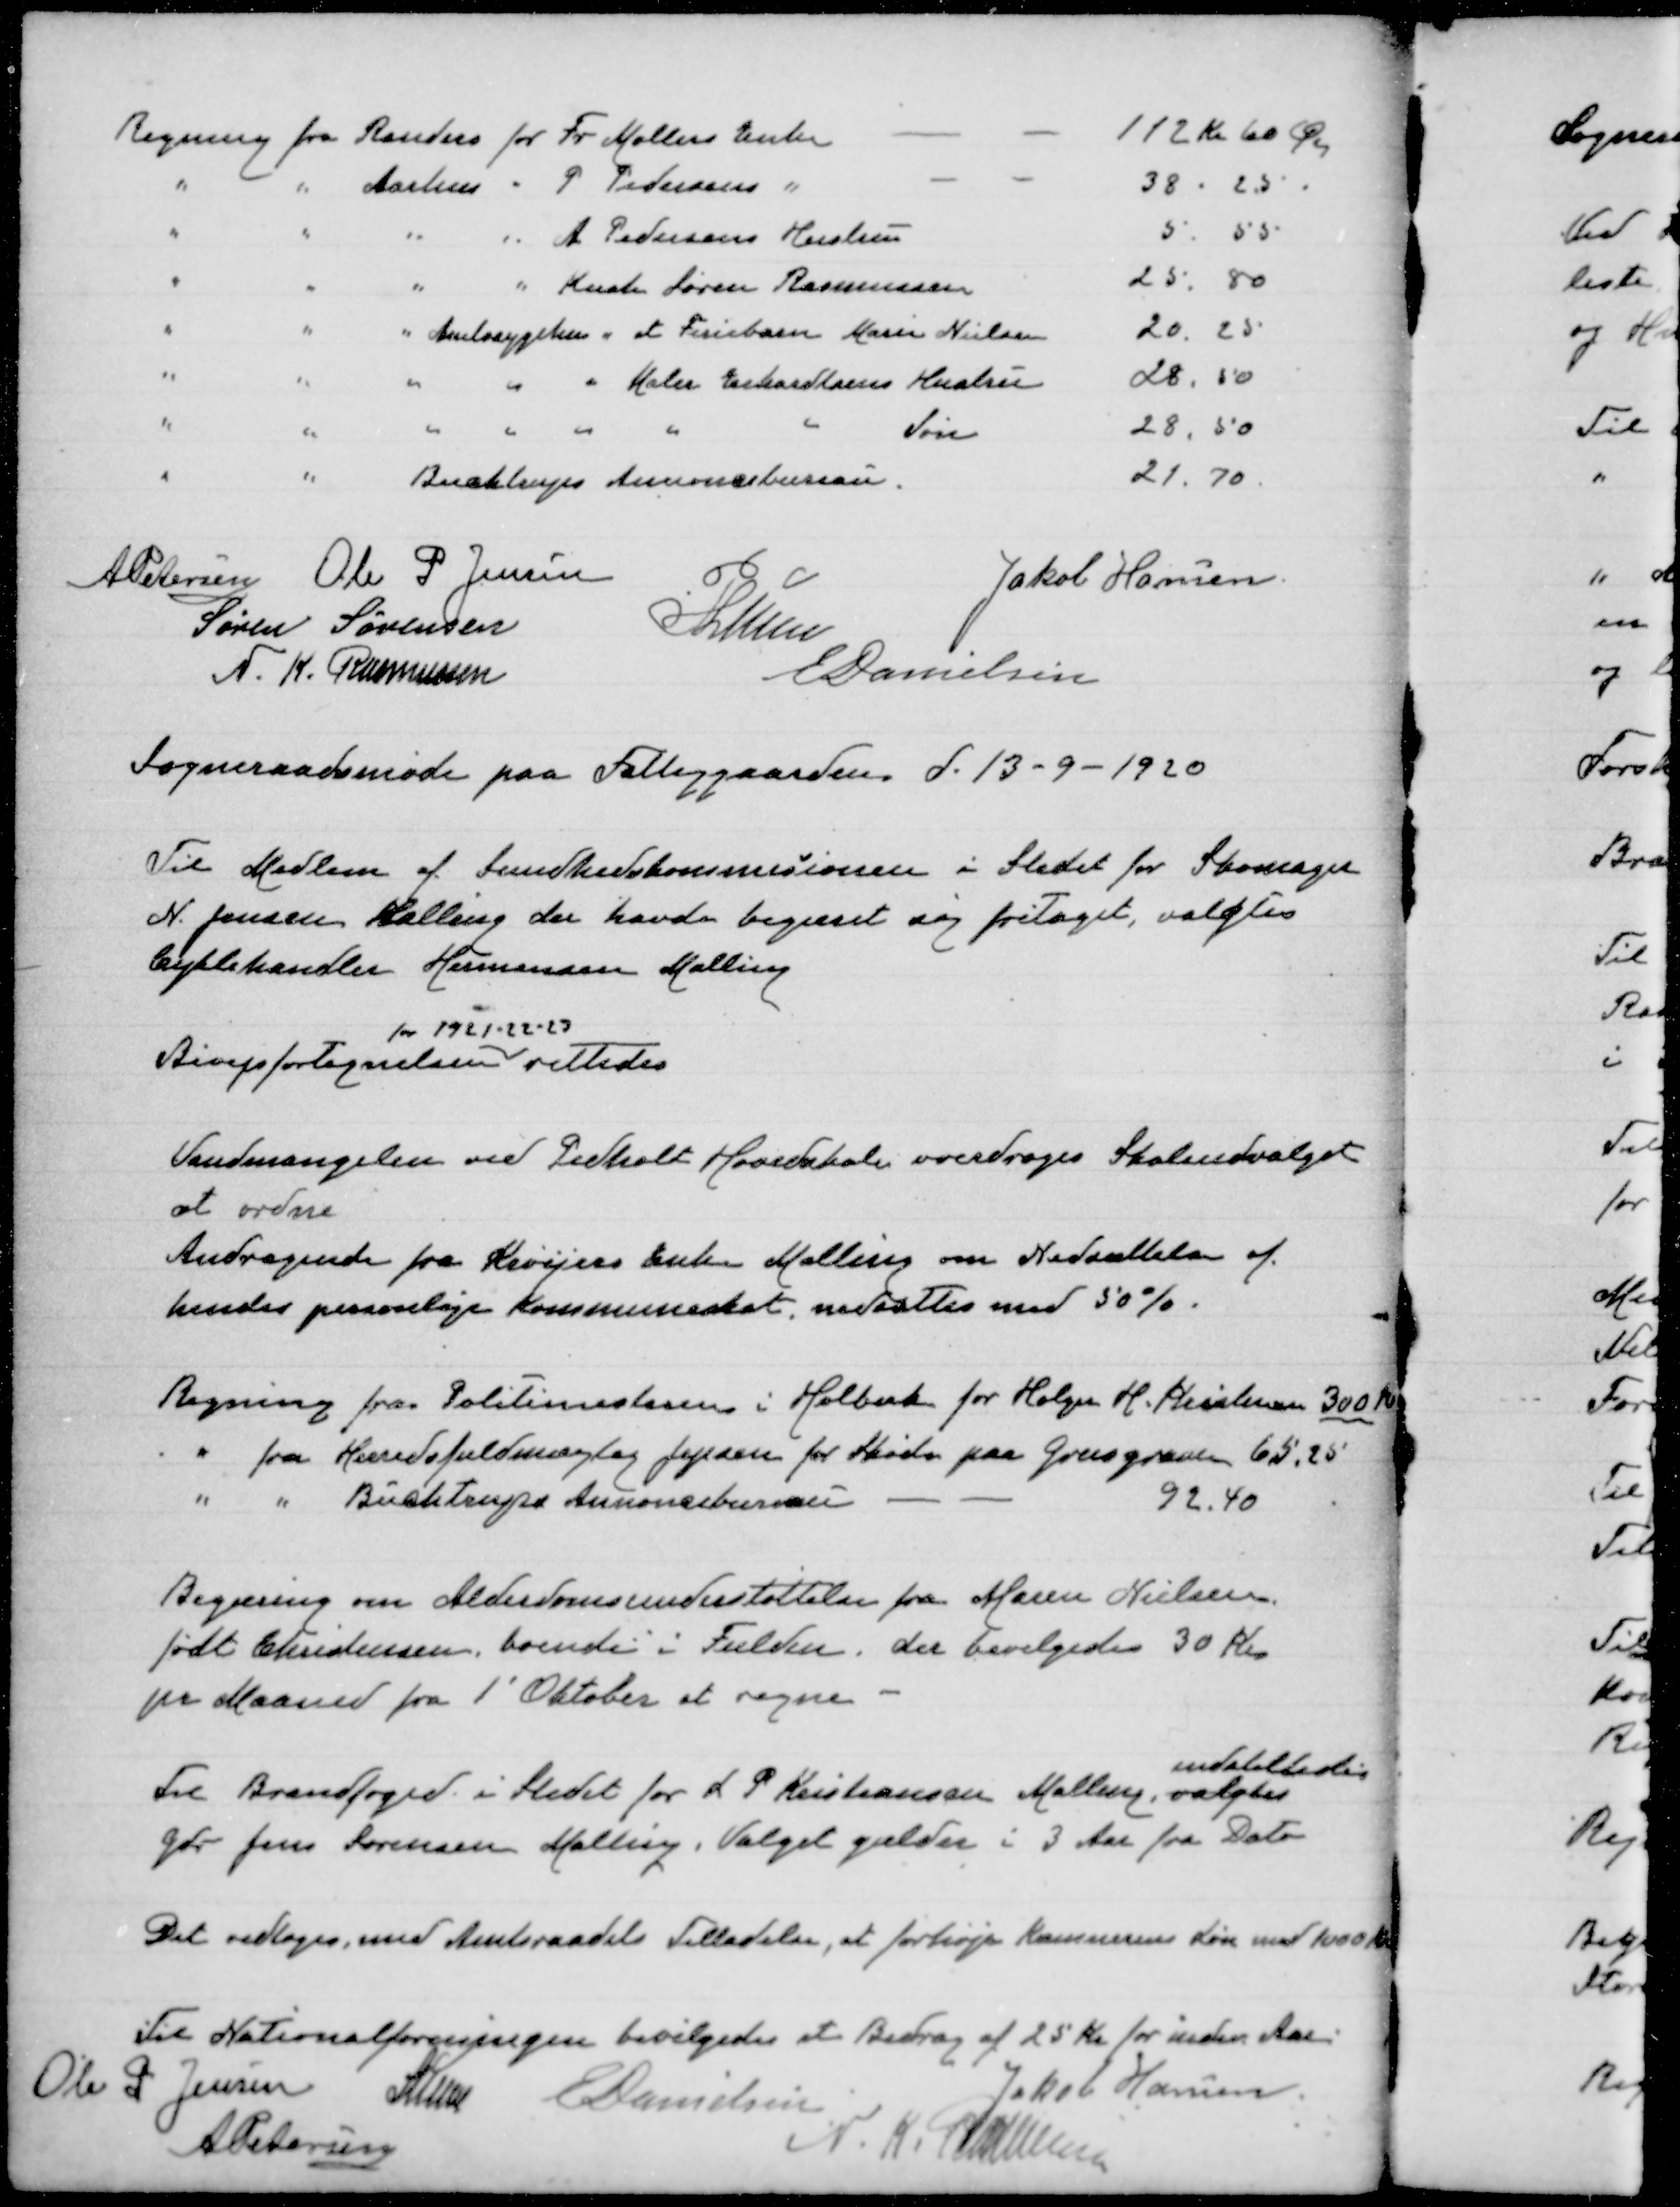
Transskription:
A Petersen
Ole P Jensen
Jakob Hansen
Søren Sørensen
P Lunn
N. K. Rasmussen
E Danielsen

Sogneraadsmøde paa Fattiggaarden d. 13-9-1920

Til Medlem af Sundhedskommisionen i stedet for Skomager
N. Jensen Malling der havde begæret sig fritaget, valgtes
Cyklehandler Hermann Malling

Bivejsfortegnelsen
for 1921-22-23
rettedes

Vandmangelen ved Pedholt Hovedskole overdroges Skoleudvalget
at ordne
Andragende fra Kroejers Enke Malling om Nedsættelse af
hendes personlige kommuneskat. nedsattes med 50 %

Regning fra Politimesteren i Holbæk for Holger H. Kristensen 300 Kr
" fra Herredsfuldmægtig Jepsen for Skøde paa grusgraven 65.25
" " Buchtrups Annoncebureau
92.40

Begæring om Alderdomsunderstøttelse fra Maren Nielsen
født Christensen, boende i Fulden, der bevilgedes 30 Kr
pr Maaned fra 1' Oktober at regne

Til Brandfoged i stedet for L P Kristensen Malling, valgtes
indstilledes
Gdr. Jens Sørensen Malling, valget gælder i 3 Aar fra Dato

Det vedtoges med Amtsraadets Tilladelse, at forhøje Kæmnerens Løn med 1000 Kr

Til Nationalforeningen bevilgedes et Bidrag af 25 Kr for indev Aar.
Ole P Jensen
Lunn
E Danielsen
Jakob Hansen
A Petersen
N. K. Rasmussen